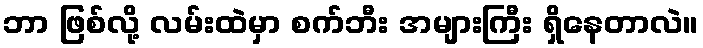
ဘာ ဖြစ်လို့ လမ်းထဲမှာ စက်ဘီး အများကြီး ရှိနေတာလဲ။